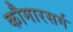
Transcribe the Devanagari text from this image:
कौमारसर्ग